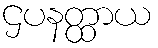
ဌပနတ္ထာယ